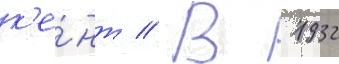
к'е́нт // В 1932